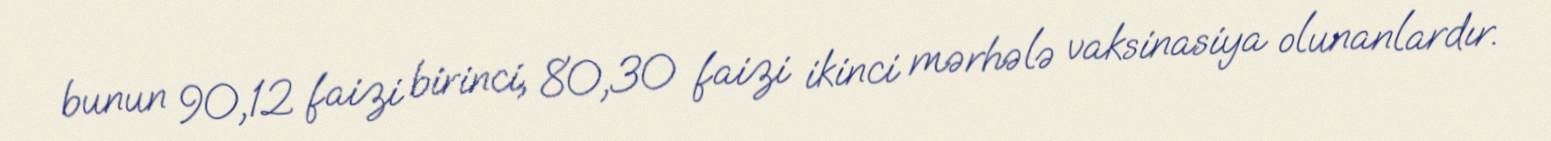
bunun 90,12 faizi birinci, 80,30 faizi ikinci mərhələ vaksinasiya olunanlardır.